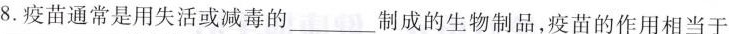
8. 疫苗通常是用失活或减毒的___制成的生物制品，疫苗的作用相当于